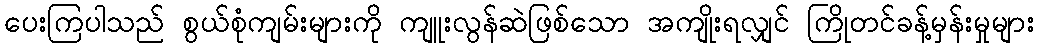
ပေးကြပါသည် စွယ်စုံကျမ်းများကို ကျူးလွန်ဆဲဖြစ်သော အကျိုးရလျှင် ကြိုတင်ခန့်မှန်းမှုများ